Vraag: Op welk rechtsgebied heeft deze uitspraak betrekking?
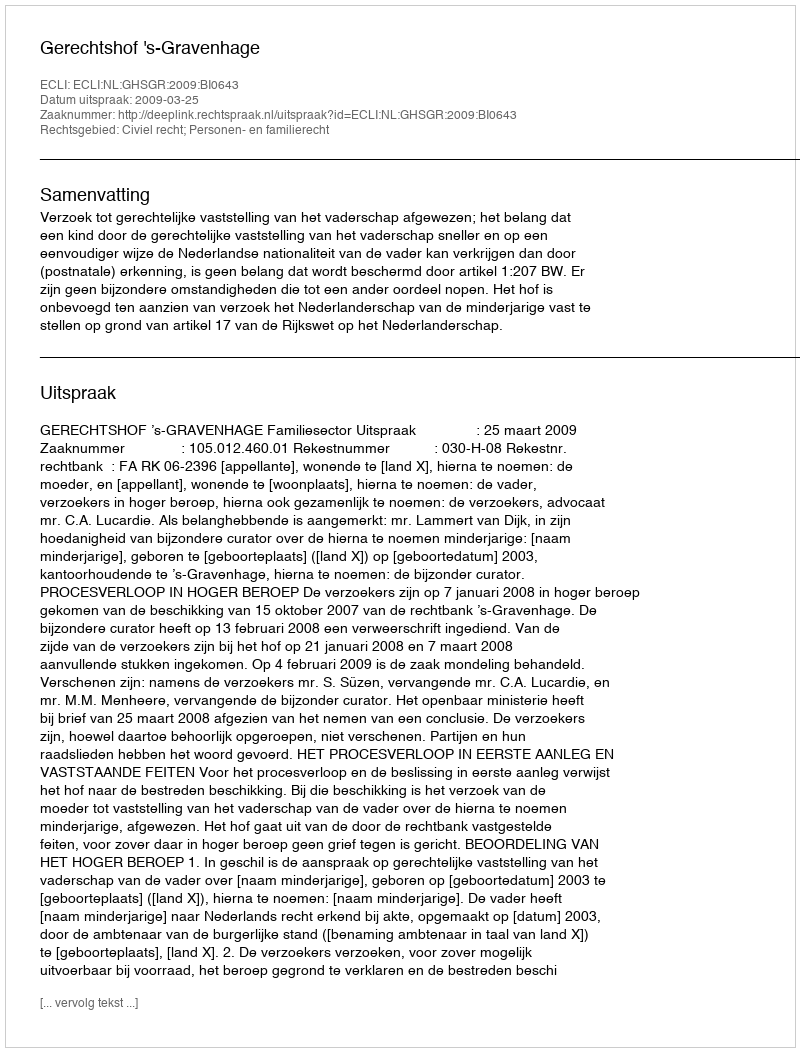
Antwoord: Civiel recht; Personen- en familierecht